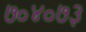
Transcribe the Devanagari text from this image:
७०४०७३